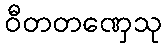
ဝီတတဏှေသု